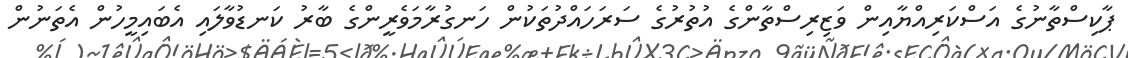
ޕާކިސްތާނުގެ އަސްކަރިއްޔާއިން ވަޒިރިސްތާންގެ އުތުރުގެ ސަރަހައްދުތަކުން ހަނގުރާމަވެރީންގެ ބާރު ކަނޑުވާލައި އެބައިމީހުން އެތަނުން